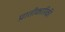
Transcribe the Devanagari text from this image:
प्रातीकारिकी